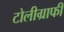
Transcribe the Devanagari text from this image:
टोलीग्राफी